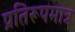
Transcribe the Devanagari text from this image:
प्रतिरूपमात्र